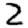
Digit: 2